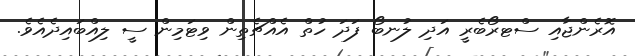
އޮރެންޖާއި ސްޓރޯބެރީ އަދި ލުނބޯ ފަދަ ހުތް އެއްޗެތިން ވިޓަމިން ސީ ލިއްބައިދެއެވެ.